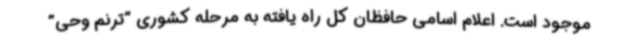
موجود است. اعلام اسامی حافظان کل راه یافته به مرحله کشوری “ترنم وحی”